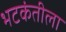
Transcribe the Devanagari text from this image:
भटकंतीला